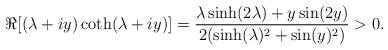
LaTeX: \begin{align*}\Re[ (\lambda+i y)\coth(\lambda+i y)]=\frac{\lambda\sinh(2\lambda)+y\sin(2y)}{2(\sinh(\lambda)^2+\sin(y)^2)}>0.\end{align*}